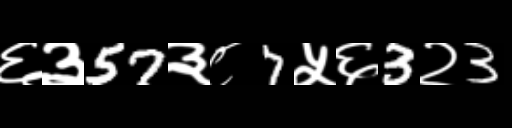
Text: ६३57३८7५६3२3